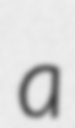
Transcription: a